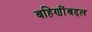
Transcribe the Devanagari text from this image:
बहिणींबद्दल